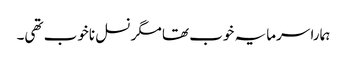
ہمارا سرمایہ خوب تھا مگر نسل ناخوب تھی۔